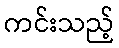
ကင်းသည့်